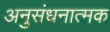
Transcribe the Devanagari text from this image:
अनुसंधनात्मक